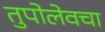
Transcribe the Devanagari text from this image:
तुपोलेवचा